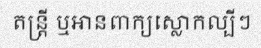
តន្ត្រី ឬអានពាក្យស្លោកល្បីៗ